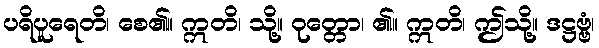
ပရိပူရေတိ၊ စေ၏။ ဣတိ၊ သို့။ ဝုတ္တော၊ ၏။ ဣတိ၊ ဤသို့။ ဒဋ္ဌဗ္ဗံ၊